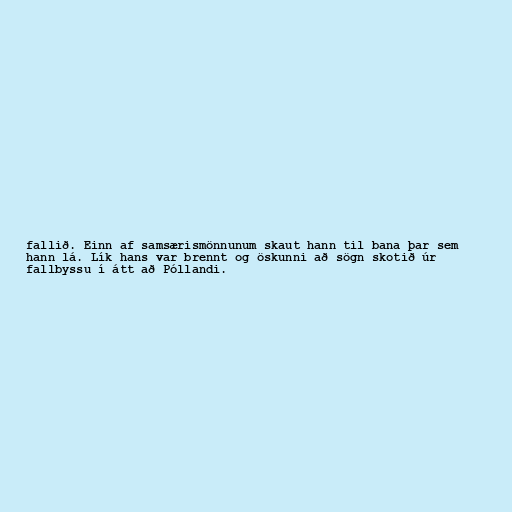
fallið. Einn af samsærismönnunum skaut hann til bana þar sem
hann lá. Lík hans var brennt og öskunni að sögn skotið úr
fallbyssu í átt að Póllandi.